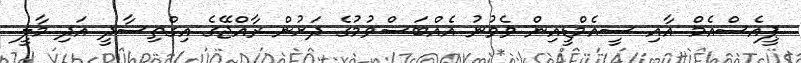
ޕީއެސްއެމް އާއި ސީއެމްޑީއިން ވެވުނު އެއްބަސްވުމުގެ ދަށުން ރާއްޖޭގެ އިގްތިސާދީ އަދި މާލީ